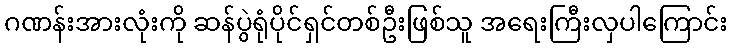
ဂဏန်းအားလုံးကို ဆန်ပွဲရုံပိုင်ရှင်တစ်ဦးဖြစ်သူ အရေးကြီးလှပါကြောင်း